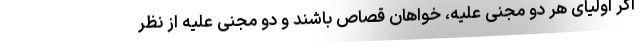
اگر اولیای هر دو مجنی علیه، خواهان قصاص باشند و دو مجنی علیه از نظر